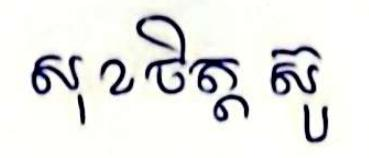
សុខចិត្ត ស៊ូ